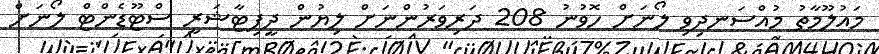
މައުލޫމާތު މުއްސަނދިވި ލޯނަށް ހޮވުނު 208 ދަރިވަރުންނަށް ލިޔުން ދީފިޓާޝަރީ ސްޓޫޑެންޓް ލޯނަށް